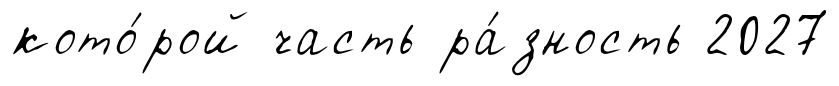
кото́рой часть ра́зность 2027